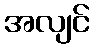
အလျင်